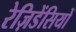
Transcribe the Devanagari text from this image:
रेज़िडेंसियों